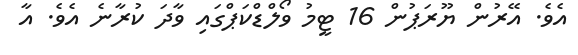
އެވެ. އޭރުން ޔޫރަޕުން 16 ޓީމު ވޯލްޑްކަޕްގައި ވާދަ ކުރާނެ އެވެ. އާ